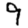
Digit: 9